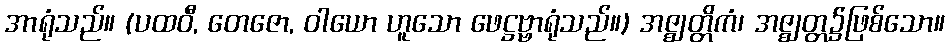
အာရုံသည်။ (ပထဝီ, တေဇော, ဝါယော ဟူသော ဖေဋ္ဌဗ္ဗာရုံသည်။) အဇ္ဈတ္တိကံ၊ အဇ္ဈတ္တ၌ဖြစ်သော။